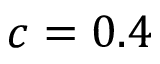
c = 0 . 4